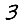
Digit: 3